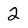
Character: 2